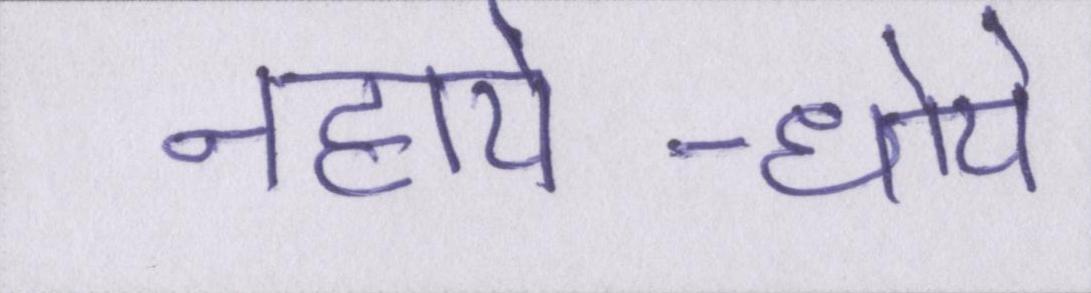
नहाये-धोये